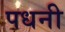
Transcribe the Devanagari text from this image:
पधनी